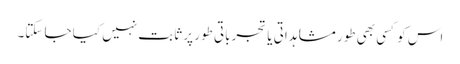
اس کو کسی بھی طور مشاہداتی یا تجرباتی طور پر ثابت نہیں کیا جا سکتا۔